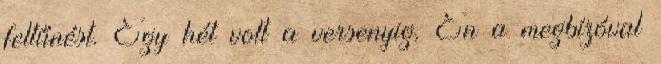
feltűnést. Egy hét volt a versenyig. Én a megbízóval